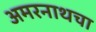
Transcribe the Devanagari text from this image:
अमरनाथचा